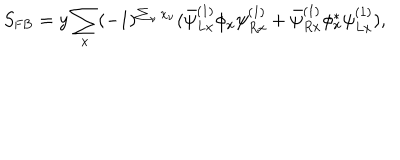
LaTeX: S _ { \mathrm { F B } } = y \sum _ { x } ( - 1 ) ^ { \sum _ { \nu } x _ { \nu } } ( \bar { \psi } _ { L x } ^ { ( 1 ) } \phi _ { x } \psi _ { R x } ^ { ( 1 ) } + \bar { \psi } _ { R x } ^ { ( 1 ) } \phi _ { x } ^ { * } \psi _ { L x } ^ { ( 1 ) } ) ,